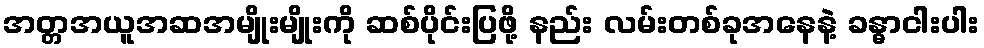
အတ္တအယူအဆအမျိုးမျိုးကို ဆစ်ပိုင်းပြဖို့ နည်း လမ်းတစ်ခုအနေနဲ့ ခန္ဓာငါးပါး